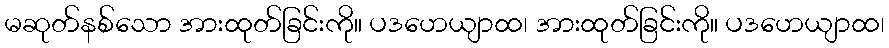
မဆုတ်နစ်သော အားထုတ်ခြင်းကို။ ပဒဟေယျာထ၊ အားထုတ်ခြင်းကို။ ပဒဟေယျာထ၊